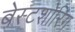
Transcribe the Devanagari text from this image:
बेस्टशोरिंग